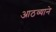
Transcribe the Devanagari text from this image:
आठव्याने